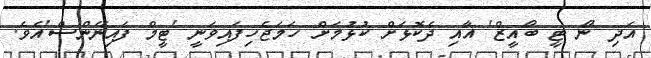
އަދި 'ނޯ ޓީ ބޯއީޒް' އާއި ދެކޮޅަށް ކުޅުމަށް ހަމަޖެހިފައިވަނީ 'ޓީމް ފައިނޭންސް'އެވެ.